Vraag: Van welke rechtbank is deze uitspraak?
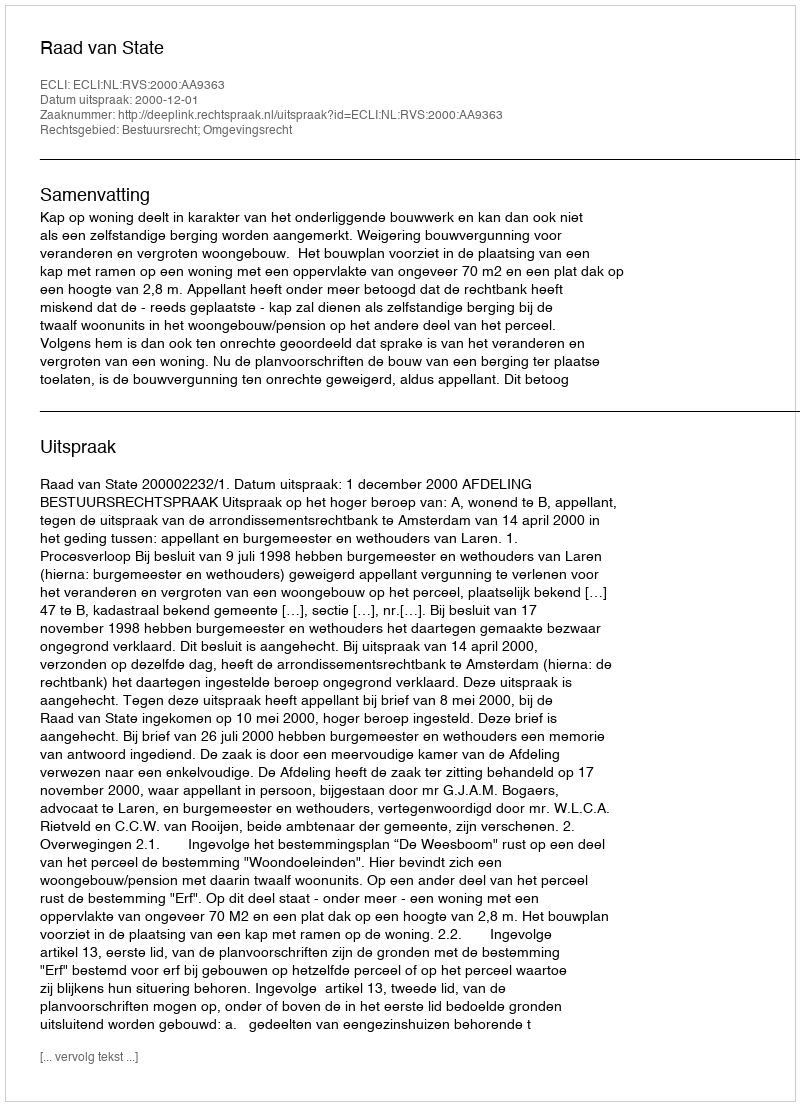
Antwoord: Raad van State